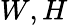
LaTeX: W,H